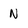
Character: N